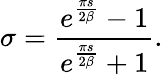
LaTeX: \sigma={\frac{e^{\frac{\pi s}{2\beta}}-1}{e^{\frac{\pi s}{2\beta}}+1}}.